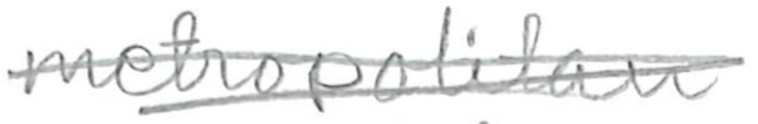
Text: metropolitan
Cross-out: scratch
Writing tool: pencil